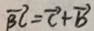
\overrightarrow { B C } = \overrightarrow { + } \overrightarrow { b }